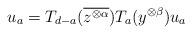
LaTeX: \begin{align*}u_a=T_{d-a}(\overline{z^{\otimes\alpha}})T_a(y^{\otimes \beta})u_a\end{align*}